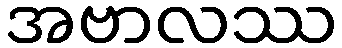
အဗာလဿ